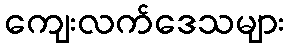
ကျေးလက်ဒေသများ